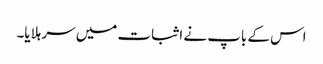
اس کے باپ نے اثبات میں سر ہلایا۔